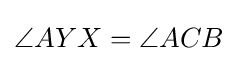
\angle AYX=\angle ACB